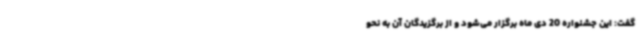
گفت: این جشنواره 20 دی ماه برگزار می‌شود و از برگزیدگان آن به نحو